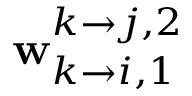
\mathbf { w } _ { k \rightarrow i , 1 } ^ { k \rightarrow j , 2 }